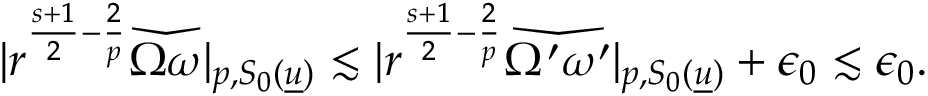
\begin{array} { r } { | r ^ { \frac { s + 1 } { 2 } - \frac { 2 } { p } } \widecheck { \Omega \omega } | _ { p , S _ { 0 } ( { \underline { { u } } } ) } \lesssim | r ^ { \frac { s + 1 } { 2 } - \frac { 2 } { p } } \widecheck { \Omega ^ { \prime } \omega ^ { \prime } } | _ { p , S _ { 0 } ( { \underline { { u } } } ) } + \epsilon _ { 0 } \lesssim \epsilon _ { 0 } . } \end{array}